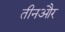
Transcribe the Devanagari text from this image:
तीनऔर